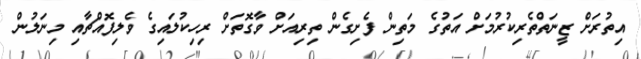
އިތުރަށް ޒީނަތްތެރިކުރުމަށް އަތުގެ މަތިން ފެށިގެން ތިރިއަށް ވާގޮތަށް ރިހިކުލައިގެ ވެލިފޮއްޗާއި މިނަލުން